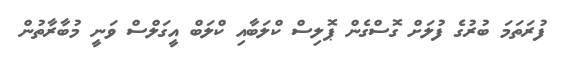
ފުރަތަމަ ބުރުގެ ފުލަށް ގޮސްގެން ޕޮލިސް ކްލަބާއި ކްލަބް އީގަލްސް ވަނީ މުބާރާތުން